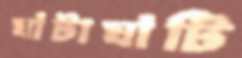
ঘাঁটাঘাঁটি